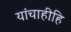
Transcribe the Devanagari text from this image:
यांचाहीहि